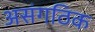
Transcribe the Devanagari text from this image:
असंगठिक